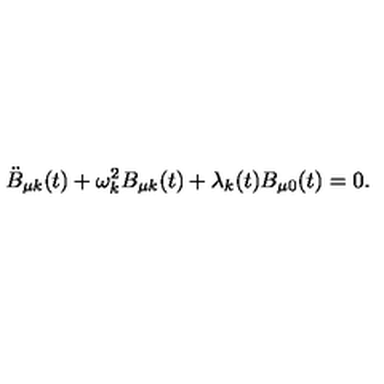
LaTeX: \ddot { B } _ { \mu k } ( t ) + \omega _ { k } ^ { 2 } B _ { \mu k } ( t ) + \lambda _ { k } ( t ) B _ { \mu 0 } ( t ) = 0 .